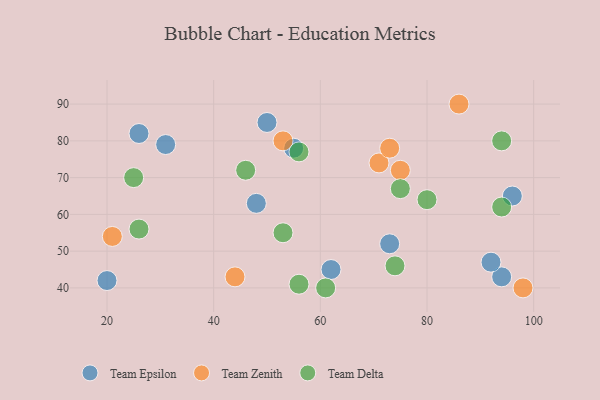
{"axis": {"x": "GDP", "y": "Life Expectancy"}, "legend": ["Team Delta", "Team Epsilon", "Team Zenith"], "data": [{"x": "94", "y": 43, "type": "Team Epsilon"}, {"x": "26", "y": 82, "type": "Team Epsilon"}, {"x": "96", "y": 65, "type": "Team Epsilon"}, {"x": "50", "y": 85, "type": "Team Epsilon"}, {"x": "92", "y": 47, "type": "Team Epsilon"}, {"x": "20", "y": 42, "type": "Team Epsilon"}, {"x": "55", "y": 78, "type": "Team Epsilon"}, {"x": "31", "y": 79, "type": "Team Epsilon"}, {"x": "62", "y": 45, "type": "Team Epsilon"}, {"x": "73", "y": 52, "type": "Team Epsilon"}, {"x": "48", "y": 63, "type": "Team Epsilon"}, {"x": "44", "y": 43, "type": "Team Zenith"}, {"x": "71", "y": 74, "type": "Team Zenith"}, {"x": "75", "y": 72, "type": "Team Zenith"}, {"x": "73", "y": 78, "type": "Team Zenith"}, {"x": "98", "y": 40, "type": "Team Zenith"}, {"x": "21", "y": 54, "type": "Team Zenith"}, {"x": "86", "y": 90, "type": "Team Zenith"}, {"x": "53", "y": 80, "type": "Team Zenith"}, {"x": "74", "y": 46, "type": "Team Delta"}, {"x": "56", "y": 41, "type": "Team Delta"}, {"x": "80", "y": 64, "type": "Team Delta"}, {"x": "25", "y": 70, "type": "Team Delta"}, {"x": "53", "y": 55, "type": "Team Delta"}, {"x": "94", "y": 80, "type": "Team Delta"}, {"x": "46", "y": 72, "type": "Team Delta"}, {"x": "75", "y": 67, "type": "Team Delta"}, {"x": "26", "y": 56, "type": "Team Delta"}, {"x": "94", "y": 62, "type": "Team Delta"}, {"x": "56", "y": 77, "type": "Team Delta"}, {"x": "61", "y": 40, "type": "Team Delta"}]}